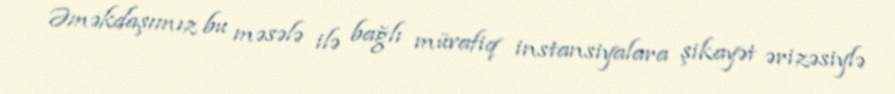
Əməkdaşımız bu məsələ ilə bağlı müvafiq instansiyalara şikayət ərizəsiylə